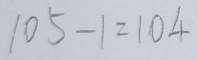
1 0 5 - 1 = 1 0 4